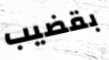
بقضيب